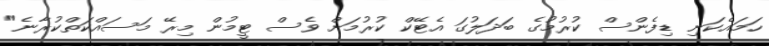
ހަމައެކަނި ޑިފެންސް ކުރުމުގެ ބަދަލުގަ އެޓޭކް ކުރުމަށް ވެސް ޓީމުން މިރޭ މަސައްކަތްކުރާނެ"